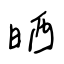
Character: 晒